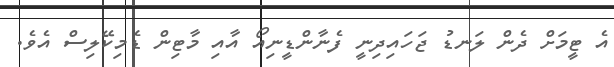
އެ ޓީމަށް ދެން ލަނޑު ޖަހައިދިނީ ފެނާންޑީނިއޯ އާއި މާޓިން ޑެމިކޭލިސް އެވެ.